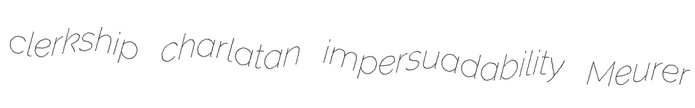
clerkship charlatan impersuadability Meurer